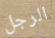
الرجل